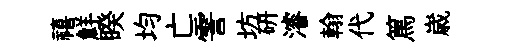
禧鮮睽均亡霅坊硏濬翰代篤𡻕